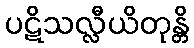
ပဋိသလ္လီယိတုန္တိ